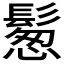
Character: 𩮀